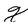
Character: X